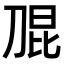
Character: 𭃫